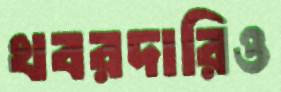
খবরদারিও